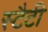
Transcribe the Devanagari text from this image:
स्टैटी